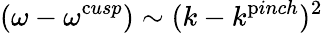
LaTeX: (\omega-\omega^{\mathrm{c}usp})\sim(k-k^{\mathrm{p}inch})^{2}